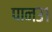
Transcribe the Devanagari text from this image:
पान३१